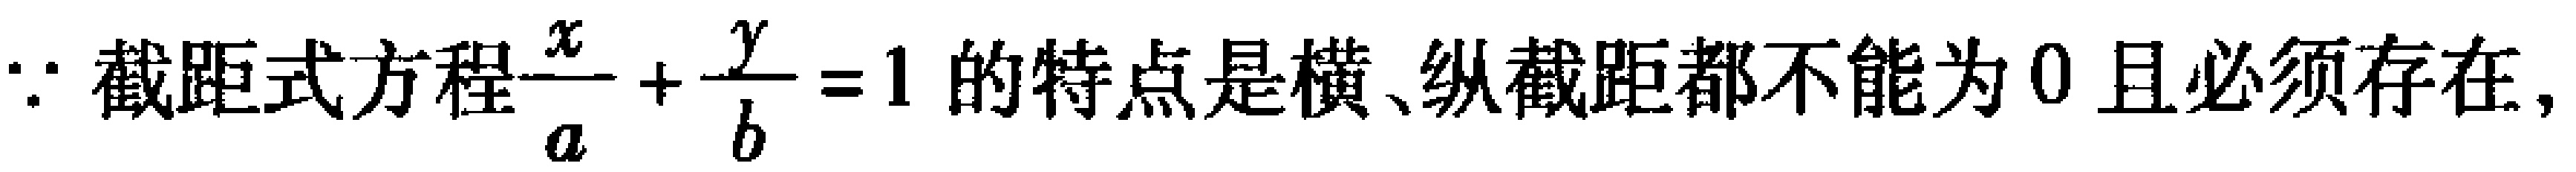
$\because$截距式方程$\dfrac{x}{a}+\dfrac{y}{b}=1$的特点是横、纵截距都不能为$0$且必须存在，